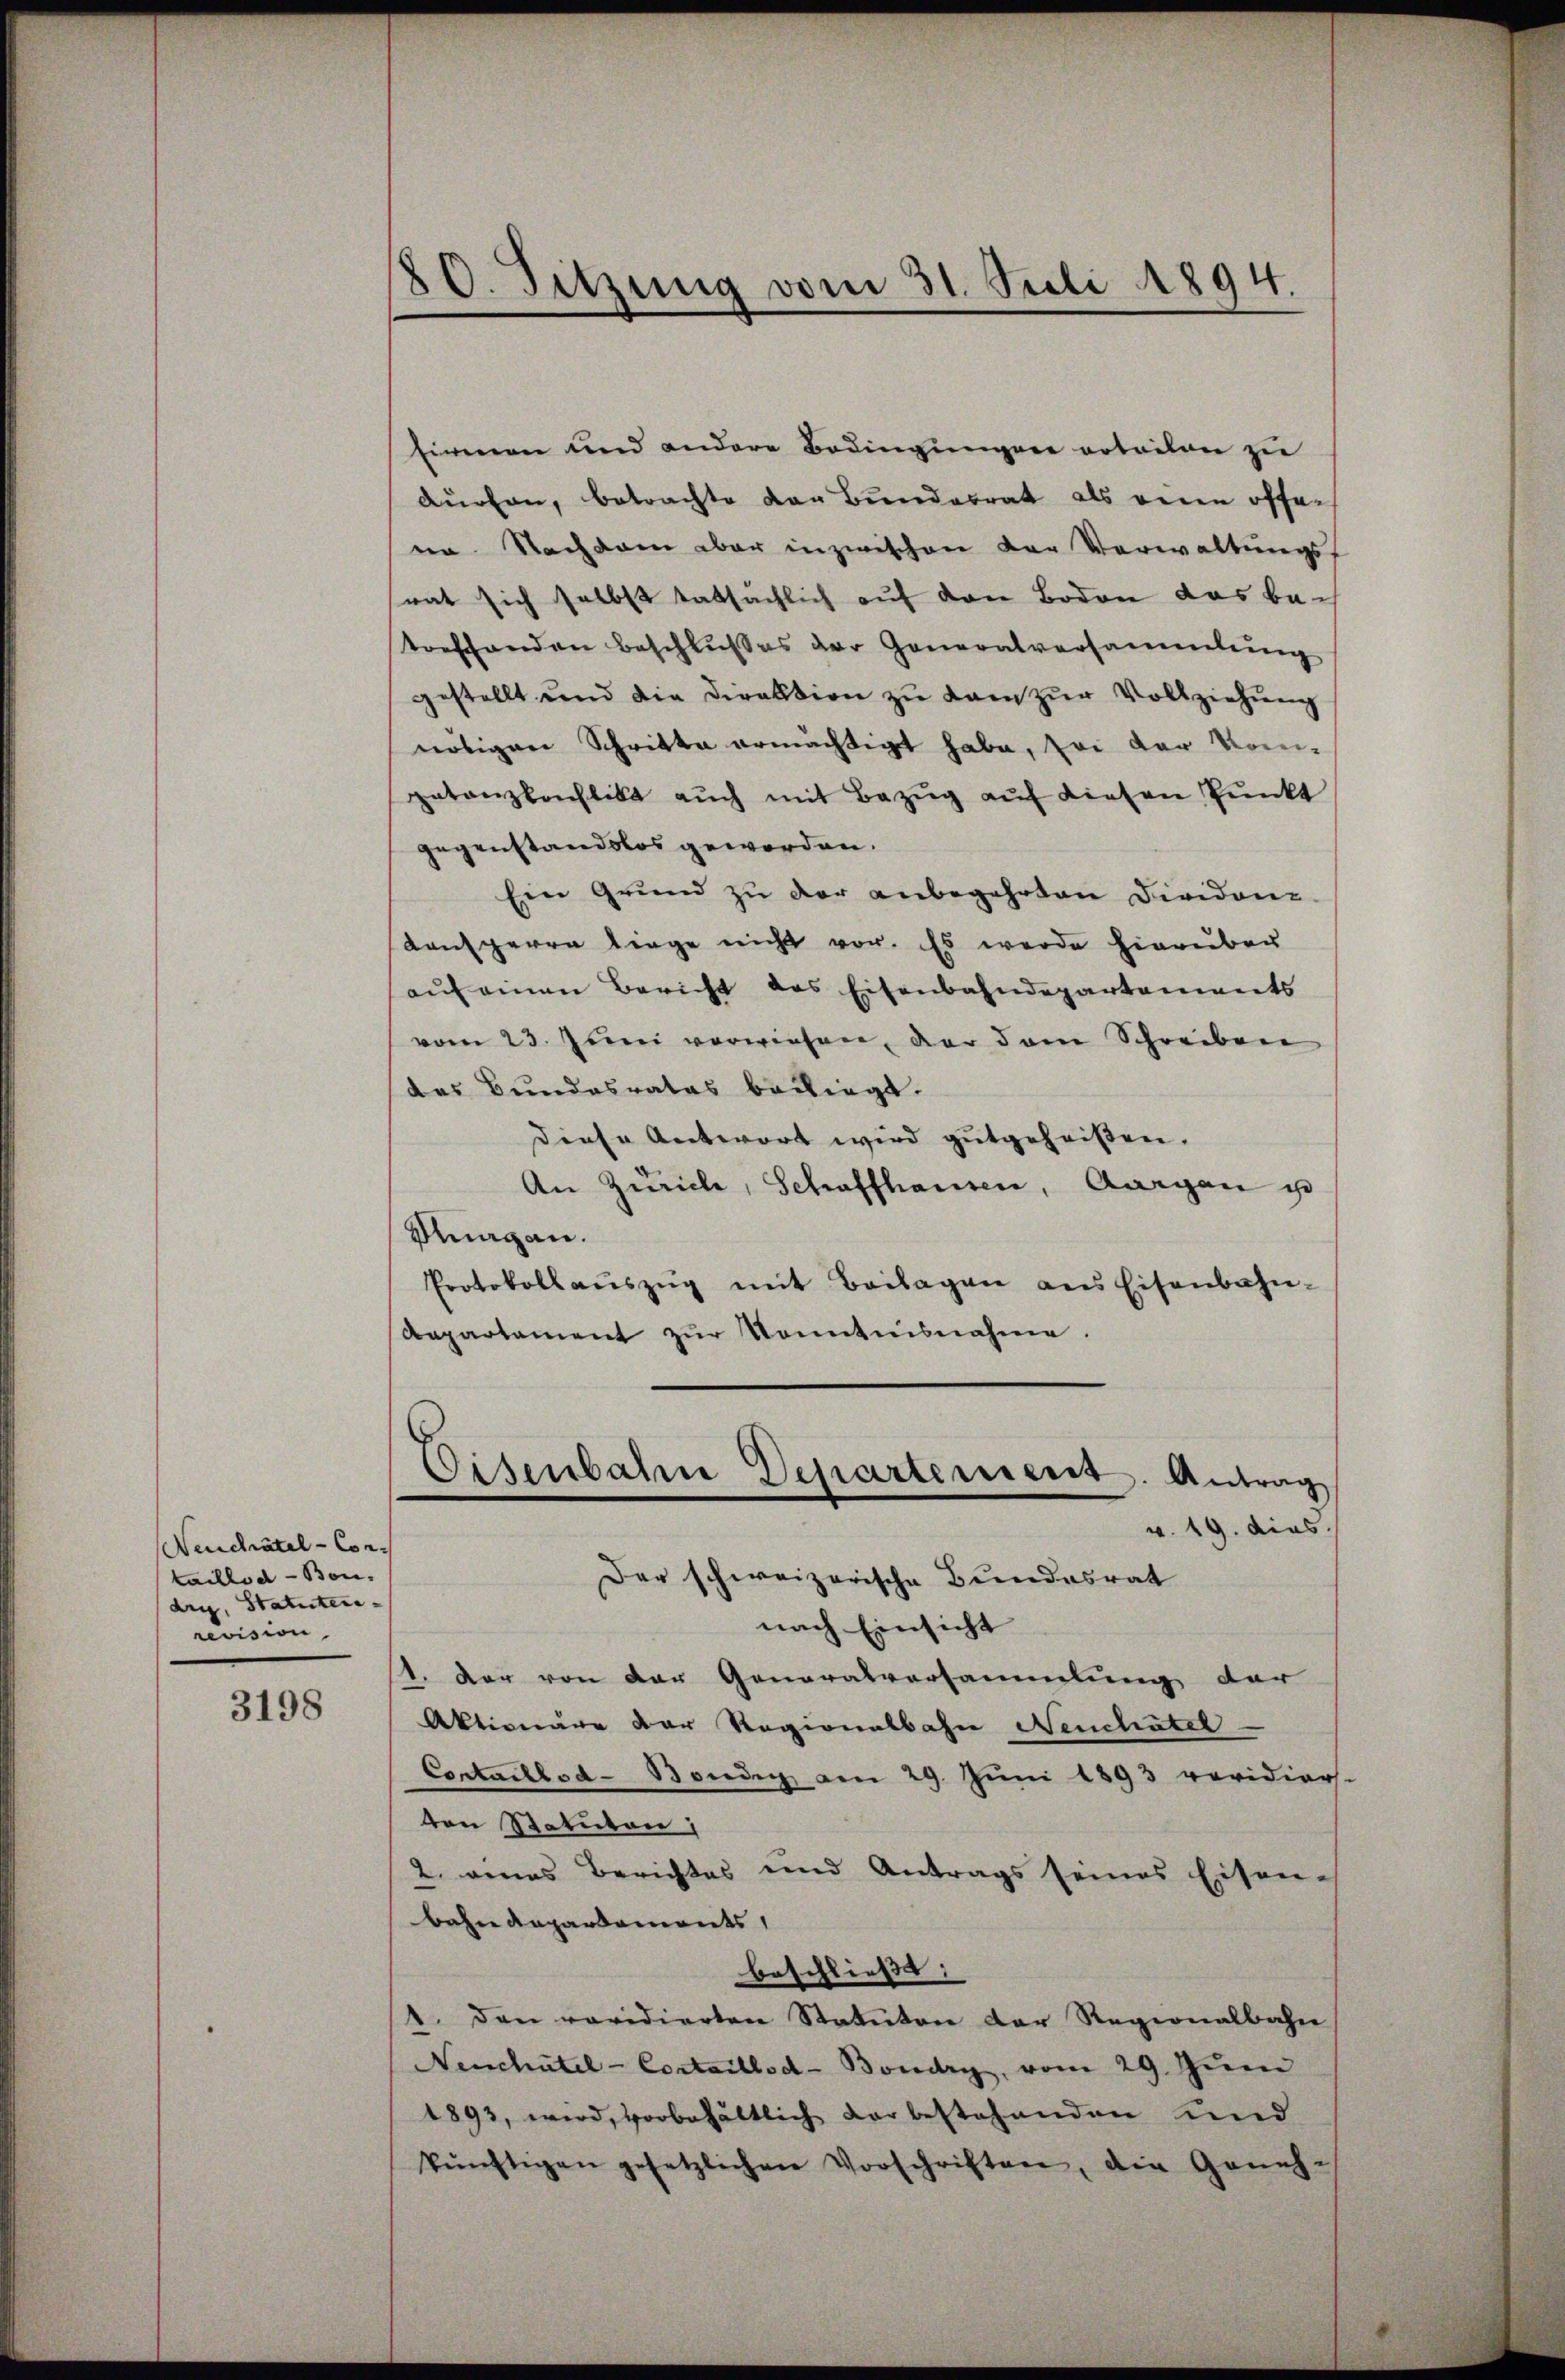
Neuchâtel - Cortaillod -Bon.
dry, Statuten-
revision.

3198

80. Sitzung vom 31. Juli 1894.

firmen und andere Bedingungen erteilen zu
durchen, betrachte der Bundesrat als seien offen
na. Nachsam aber inzwischen der Verwaltungsf
rat sich selbst tatsächlich auf den Boden das betoefhanden Beschlußes der Generalversammlung
gestellt und die Direktion zu kam zur Vollziehung
nötigen Schritte ermächtigt habe, sei der Kom-
getanzbachlitt aŭch mit Bezŭg aŭf diesen Pŭnkt
gegenstandslos geworden.
Ein Grund zu der anbegehrten Dividone
Lensperre liege nicht vor. Es werde hierüber
aŭf einen Bericht des Eisenbahndepartements
vom 23. Juni vorwiesen, der dem Schreiben
das Bundesrates bediegt.
diese Antwort wird gutgeheißen.
An Zürich, Schaffhausen, Aargau u
Kragen.
Protokollaŭszŭg mit Beilagen ans Eisenbahn-
Aepartament zur Kenntnisnahme.

Eisenbahn Departement. Antrag
a. 19. dies
Der schweizerische Bundesrat

nach Einsicht
1. Der von der Generalversammlung der
Aktionäre der Regionalbahn Neuchatel
Contaillod-Bondig am 29. Juni 1893 voridiers-
von Statuten,
2. eines Berichtes und Antrags seines Eisen-
bahndepartements,
beschließt:
1. den revidierten Statuten der Regionalbahn
Neuchatel - Cortaillod-Boudry, vom 29. Juni
1893, wird, vorbehältlich der bestehenden und
künftigen gesetzlichen Vorschriften, die Geneh-